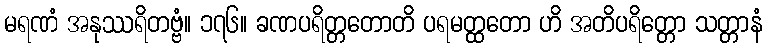
မရဏံ အနုဿရိတဗ္ဗံ။ ၁၇၆။ ခဏပရိတ္တတောတိ ပရမတ္ထတော ဟိ အတိပရိတ္တော သတ္တာနံ